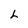
Character: L